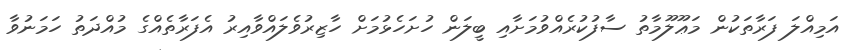
އަމިއްލަ ފަރާތަކުން މަޢޫލޫމާތު ސާފުކުރެއްވުމަށާއި ބީލަން ހުށަހެޅުމަށް ހާޒިރުވެލައްވާއިރު އެފަރާތެއްގެ މުއްދަތު ހަމަނުވާ